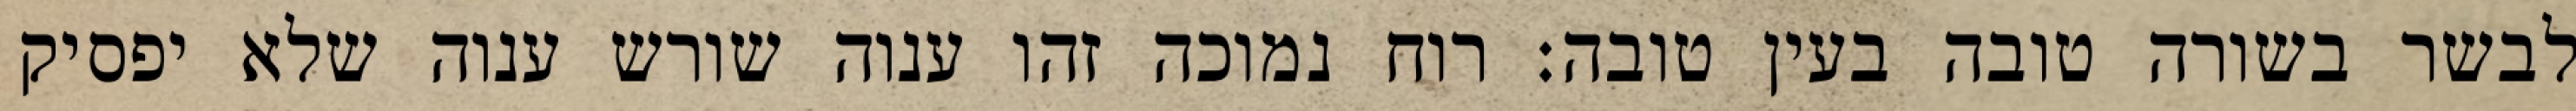
לבשר בשורה טובה בעין טובה: רוח נמוכה זהו ענוה שורש ענוה שלא יפסיק